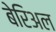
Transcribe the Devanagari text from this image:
बेरिअल